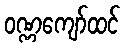
ဝဏ္ဏကျော်ထင်